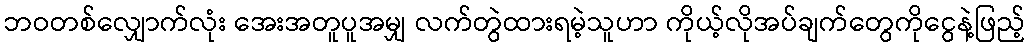
ဘဝတစ်လျှောက်လုံး အေးအတူပူအမျှ လက်တွဲထားရမဲ့သူဟာ ကိုယ့်လိုအပ်ချက်တွေကိုငွေနဲ့ဖြည့်